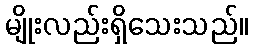
မျိုးလည်းရှိသေးသည်။